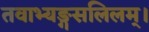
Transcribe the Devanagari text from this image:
तवाभ्यङ्गसलिलम्।